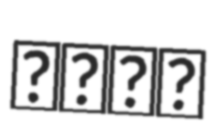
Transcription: خليل